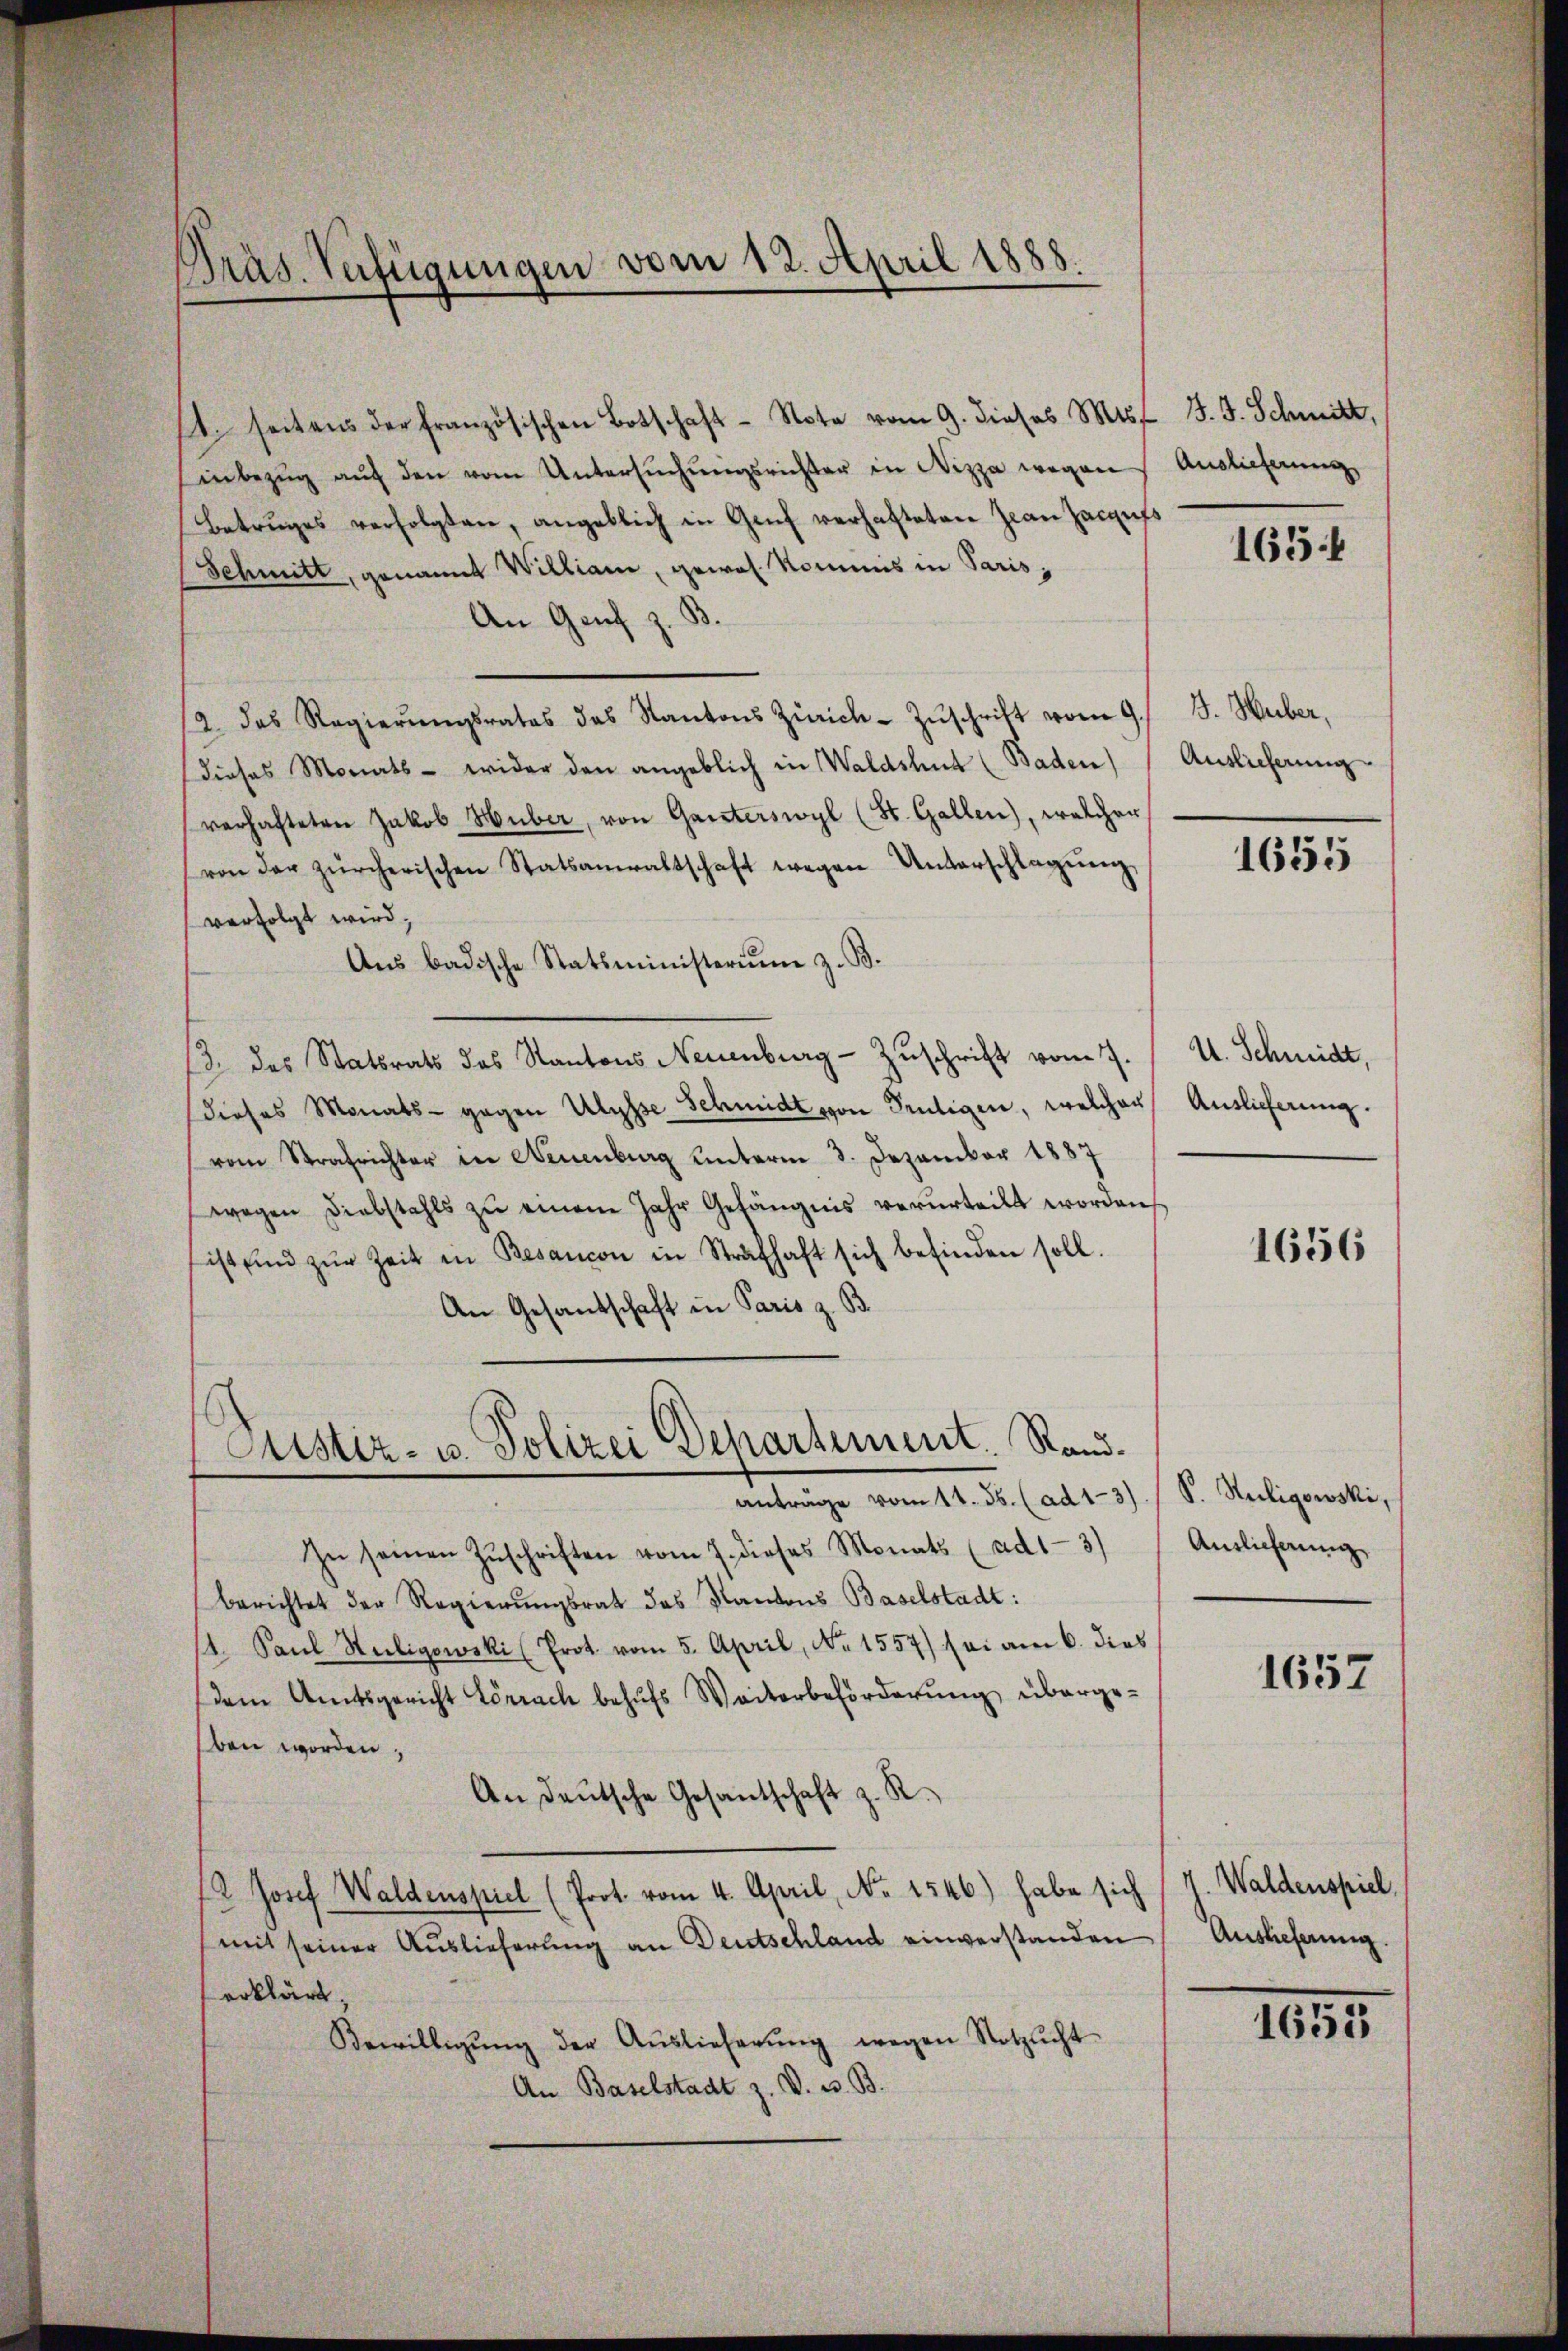
Präs. Verfügungen vom 12. April 1888.

. seitens der französischen Botschaft - Note vom 9. dieses M. J. J. Schmitt,
inbezŭg aŭf den vom Untersŭchŭngsrichter in Nizza wegen
Betruges verfolgten, angeblich in Genf verhafteten Jean Zacaufs
Schmitt, genannt William, gewol. Kommis in Paris,
An Genf z. B.
12. das Regierŭngsrates das Kantons Zürich-Zŭschrift vom 9.
dieses Monats - wider den angeblich in Waldshut (Baden)
verhafteten Jakob Huber, von Ganterswyl (St. Gallen), welcher
von der zürcherischen Statsanwaltschaft wegen Unterschlagŭng,
verfolgt wird,
Ans badische Statsministerium z. B.
/3. des Statsrats des Kantons Neuenburg-Zuschrift vom 7.
dieses Monats - gegen Ulysse Schmidt von Frutigen, welcher
vom Strafrichter in Neuenburg unterm 3. Dezember 1887
wegen Diebstahls zŭ einem Jahr Gefängnis verurteilt worden
ist und zŭr Zeit in Besancon in Strafhaft sich befinden soll.
An Gesandschaft in Paris z. B.
Justiz- u. Polizei Departement. Randanträge vom 11. Js. (ad 1-3)
In seinen Zŭschriften vom 7. dieses Monats (ad1-3)
berichtet der Regierungsrat das Kantons Baselstadt:
1. Paul Stuckigowski (Prot. vom 5. April, No 1557) sei am 6. dies
dem Amtsgericht Lörrach behufs Weiterbeförderung übergeben worden;
An Deutsche Gesantschaft z. R.
12. Josef Waldenspiel (Prot. vom 4. April, No. 1546) habe sich
(mit seiner Auslieferung an Deutschland einverstanden
erklärt,
Bewilligŭng der Aŭslieferŭng wegen Notzlicht
An Baselstadt z. V. B. B.

Auslieferung

165 f

J. Huber,
Auslicherung

1655

U. Schmidt,
Auslieferung.

1656

S. Steiligowski,
Auslieferung

1657

" Waldenspiel.
Auslieferung.

1653